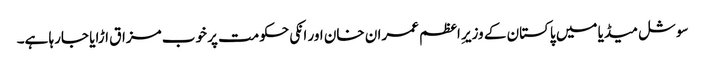
سوشل میڈیا میں پاکستان کے وزیرِ اعظم عمران خان اور انکی حکومت پر خوب مزاق اڑایا جارہا ہے۔